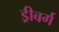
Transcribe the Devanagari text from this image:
ड्रीबर्ग